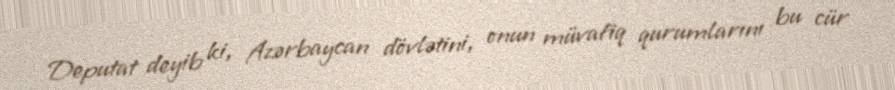
Deputat deyib ki, Azərbaycan dövlətini, onun müvafiq qurumlarını bu cür